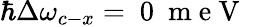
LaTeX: \hbar\Delta\omega_{c-x}=\mathrm{~0~\mathrm{~m~e~V~}~}